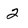
Character: 2